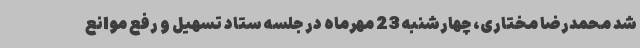
شد محمدرضا مختاری، چهارشنبه 23 مهرماه در جلسه ستاد تسهیل و رفع موانع